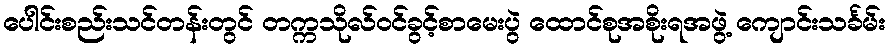
ပေါင်းစည်းသင်တန်းတွင် တက္ကသိုလ်ဝင်ခွင့်စာမေးပွဲ ထောင်စုအစိုးရအဖွဲ့ ကျောင်းသင်္ခမ်း